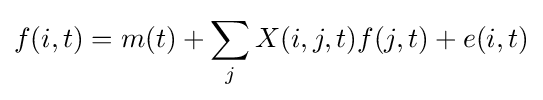
f(i,t)=m(t)+\sum _{j}X(i,j,t)f(j,t)+e(i,t)